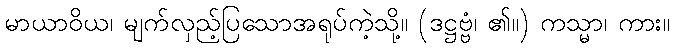
မာယာဝိယ၊ မျက်လှည့်ပြသောအရုပ်ကဲ့သို့။ (ဒဋ္ဌဗ္ဗံ၊ ၏။) ကသ္မာ၊ ကား။